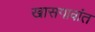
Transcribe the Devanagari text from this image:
खासगावांत